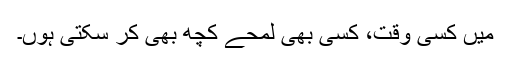
میں کسی وقت، کسی بھی لمحے کچھ بھی کر سکتی ہوں۔